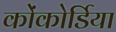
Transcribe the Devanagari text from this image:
कोंकोर्डिया